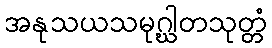
အနုသယသမုဂ္ဃါတသုတ္တံ